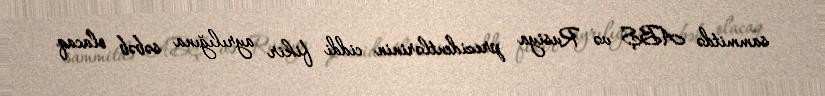
sammitdə ABŞ və Rusiya prezidentlərinin ciddi fikir ayrılığına səbəb olacaq